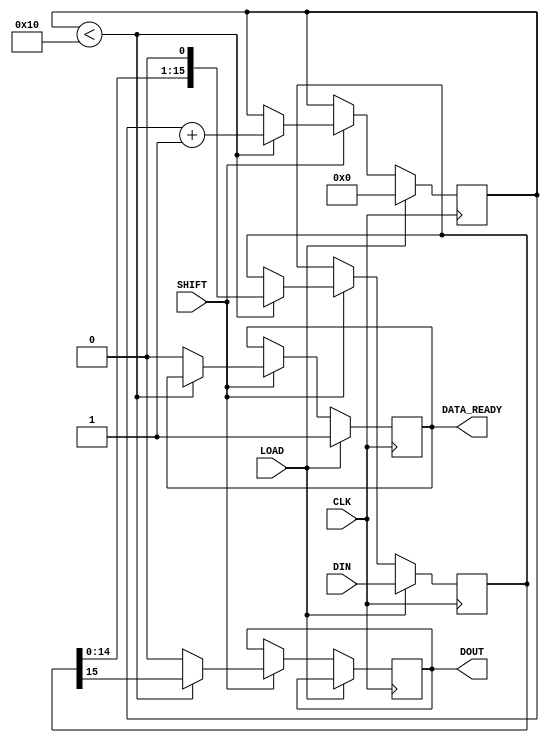
module PISO_Register (
    input wire [15:0] DIN,      // 16-bit parallel data input
    input wire LOAD,            // Load control signal
    input wire SHIFT,           // Shift control signal
    input wire CLK,             // Clock signal
    output reg DOUT,            // Serial output
    output reg DATA_READY       // Data ready flag (optional)
);

    reg [15:0] shift_reg;       // 16-bit shift register
    reg [4:0] shift_count;      // Counter for the number of shifts

    // Asynchronous reset (optional)
    always @(posedge CLK) begin
        if (LOAD) begin
            shift_reg <= DIN;    // Load data into the shift register
            shift_count <= 0;    // Reset shift counter
            DATA_READY <= 1;     // Indicate data is ready
        end else if (SHIFT) begin
            if (shift_count < 16) begin
                DOUT <= shift_reg[15]; // Output MSB to DOUT
                shift_reg <= {shift_reg[14:0], 1'b0}; // Shift right
                shift_count <= shift_count + 1; // Increment shift counter
            end else begin
                DOUT <= 0; // After all bits shifted out, set DOUT to 0
                DATA_READY <= 0; // Indicate data is no longer ready
            end
        end
    end

    // Optional: Reset functionality
    initial begin
        shift_reg = 16'b0; // Initialize shift register to 0
        DOUT = 0;          // Initialize DOUT to 0
        DATA_READY = 0;    // Initialize DATA_READY to 0
        shift_count = 0;   // Initialize shift counter to 0
    end

endmodule